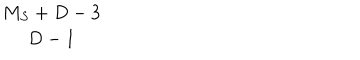
\begin{array} { c } { { M _ { S } + D - 3 } } \\ { { D - 1 } } \\ \end{array}